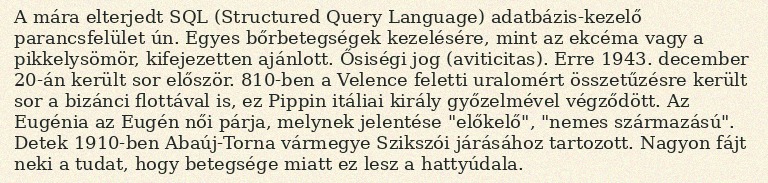
A mára elterjedt SQL (Structured Query Language) adatbázis-kezelő parancsfelület ún. Egyes bőrbetegségek kezelésére, mint az ekcéma vagy a pikkelysömör, kifejezetten ajánlott. Ősiségi jog (aviticitas). Erre 1943. december 20-án került sor először. 810-ben a Velence feletti uralomért összetűzésre került sor a bizánci flottával is, ez Pippin itáliai király győzelmével végződött. Az Eugénia az Eugén női párja, melynek jelentése "előkelő", "nemes származású". Detek 1910-ben Abaúj-Torna vármegye Szikszói járásához tartozott. Nagyon fájt neki a tudat, hogy betegsége miatt ez lesz a hattyúdala.